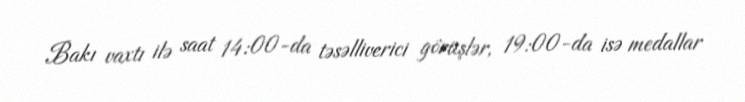
Bakı vaxtı ilə saat 14:00-da təsəlliverici görüşlər, 19:00-da isə medallar